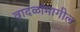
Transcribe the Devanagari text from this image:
वादळांमागील